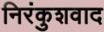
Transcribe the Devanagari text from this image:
निरंकुशवाद